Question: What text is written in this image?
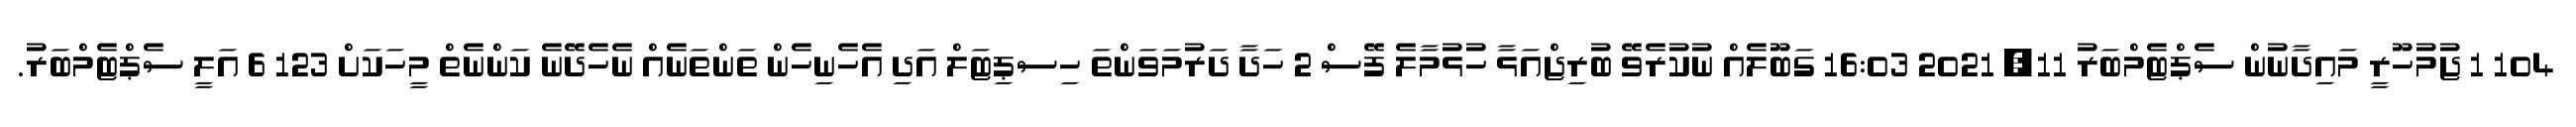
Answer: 104 1 ޖުމުހޫރީ މައިދާނުން ސެޕްޓެމްބަރު 11, 2021 16:03 ގަބޫލެއް ނުކުރެވޭ ބުރިޖްއަޅާ ހުޅުމާލެ ފޭސް 2 ހަދާ ދަރުމަވަންތަ ހިސޕިޓަލް އަދި އެހެނިހެން ތަންތަނެއް ނެހެދޭނެ ކަންނެތް މީހަކަށް 123 6 އަލީ ސެޕްޓެމްބަރު.